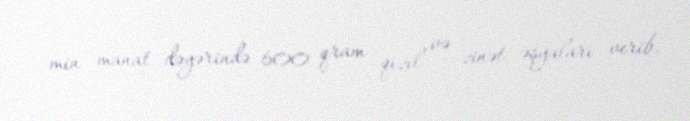
min manat dəyərində 600 qram qızıl və zinət əşyaları verib.